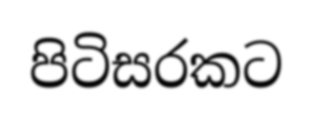
පිටිසරකට